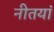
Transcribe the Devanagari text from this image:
नीतयां